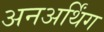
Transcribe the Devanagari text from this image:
अनअर्थिंग